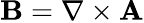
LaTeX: {\mathbf B}=\nabla\times{\mathbf A}